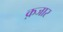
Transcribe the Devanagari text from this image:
क़जार